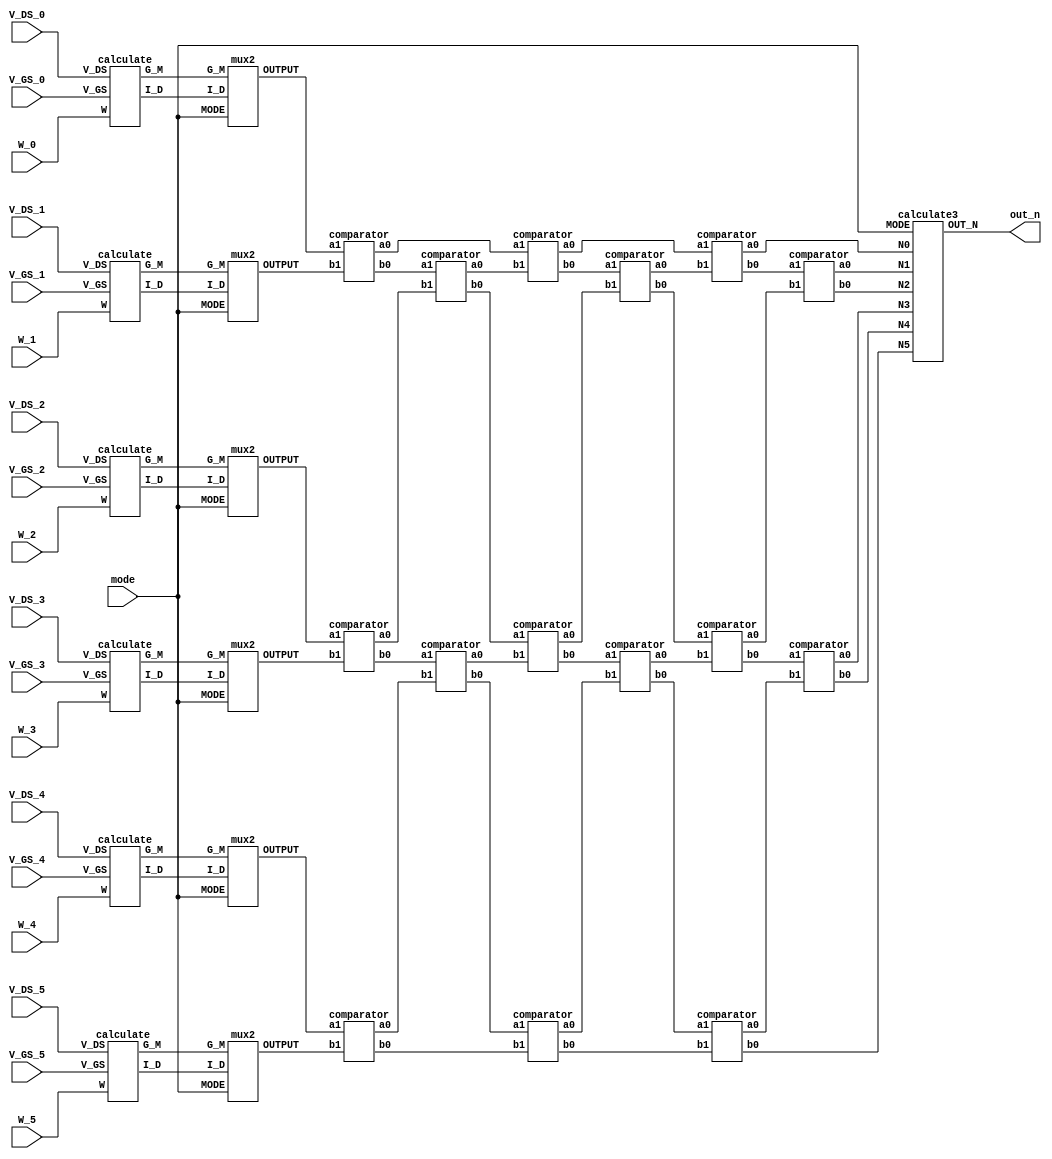
module SMC(
  // Input signals
  mode,
  W_0, V_GS_0, V_DS_0,
  W_1, V_GS_1, V_DS_1,
  W_2, V_GS_2, V_DS_2,
  W_3, V_GS_3, V_DS_3,
  W_4, V_GS_4, V_DS_4,
  W_5, V_GS_5, V_DS_5,

  // Output signals
  out_n 
);

    input [2:0] W_0, V_GS_0, V_DS_0;
    input [2:0] W_1, V_GS_1, V_DS_1;
    input [2:0] W_2, V_GS_2, V_DS_2;
    input [2:0] W_3, V_GS_3, V_DS_3;
    input [2:0] W_4, V_GS_4, V_DS_4;
    input [2:0] W_5, V_GS_5, V_DS_5;
    input [1:0] mode;

    output [9:0] out_n;

    wire [5:0] OUTPUT0, OUTPUT1, OUTPUT2, OUTPUT3, OUTPUT4, OUTPUT5; 
    wire [5:0] A0, A1, A2, A3, A4, A5; 

    //calculate ID/GM
    wire [5:0] q1, q2, q3, q4, q5, q6, q7, q8, q9, q10, q11, q12;
    
    //For sort
    wire [5:0] a1,a2,a3, b1,b2,b3,b4,b5,b6, c1,c2,c3,c4,c5,c6, d1,d2,d3,d4,d5,d6, e1,e2,e3,e4,e5,e6,f1,f2,f3;

    //module 1 + 2 
    calculate instance1(.W(W_0), .V_GS(V_GS_0), .V_DS(V_DS_0), .I_D(q1), .G_M(q2));
    mux2 instance2(.I_D(q1), .G_M(q2), .MODE(mode), .OUTPUT(A0));

    calculate instance3(.W(W_1), .V_GS(V_GS_1), .V_DS(V_DS_1), .I_D(q3), .G_M(q4));
    mux2 instance4(.I_D(q3), .G_M(q4), .MODE(mode), .OUTPUT(A1));

    calculate instance5(.W(W_2), .V_GS(V_GS_2), .V_DS(V_DS_2), .I_D(q5), .G_M(q6));
    mux2 instance6(.I_D(q5), .G_M(q6), .MODE(mode), .OUTPUT(A2));

    calculate instance7(.W(W_3), .V_GS(V_GS_3), .V_DS(V_DS_3), .I_D(q7), .G_M(q8));
    mux2 instance8(.I_D(q7), .G_M(q8), .MODE(mode), .OUTPUT(A3));

    calculate instance9(.W(W_4), .V_GS(V_GS_4), .V_DS(V_DS_4), .I_D(q9), .G_M(q10));
    mux2 instance10(.I_D(q9), .G_M(q10), .MODE(mode), .OUTPUT(A4));

    calculate instance11(.W(W_5), .V_GS(V_GS_5), .V_DS(V_DS_5), .I_D(q11), .G_M(q12));
    mux2 instance12(.I_D(q11), .G_M(q12), .MODE(mode), .OUTPUT(A5));

    //module 3(sort)
    comparator c1l1( A0,  A1, a1, b1);
    comparator c2l1( A2,  A3, c1, d1);
    comparator c3l1( A4,  A5, e1, f1); 
    
    comparator c1l2(b1, c1, b2, c2);
    comparator c2l2(d1, e1, d2, e2);
    
    comparator c1l3(a1, b2, a2, b3);
    comparator c2l3(c2, d2, c3, d3);
    comparator c3l3(e2, f1, e3, f2);

    comparator c1l4(b3, c3, b4, c4);
    comparator c2l4(d3, e3, d4, e4);

    comparator c1l5(a2, b4, a3, b5);
    comparator c2l5(c4, d4, c5, d5);
    comparator c3l5(e4, f2, e5, f3);

    comparator c1l6(b5, c5, b6, c6);
    comparator c2l6(d5, e5, d6, e6);

    //assign OUTPUT0 = a3;
    //assign OUTPUT1 = b6;
    //assign OUTPUT2 = c6;
    //assign OUTPUT3 = d6;
    //assign OUTPUT4 = e6;
    //assign OUTPUT5 = f3;

    //calculate2 instance13(.MODE(mode), .N0(OUTPUT0), .N1(OUTPUT1), .N2(OUTPUT2), .N3(OUTPUT3), .N4(OUTPUT4), .N5(OUTPUT5), .OUT_N(out_n)); 
    calculate3 instance14(.MODE(mode), .N0(a3), .N1(b6), .N2(c6), .N3(d6), .N4(e6), .N5(f3), .OUT_N(out_n));

endmodule


module calculate(
  // Input signals
  W, V_GS, V_DS,
  // Output signals
  I_D, G_M
);

//================================================================
//   INPUT AND OUTPUT DECLARATION
//================================================================
input [2:0] W, V_GS, V_DS;

output reg [5:0] I_D, G_M;

parameter VTH = 1;
  
always @ (*) begin
  if((V_GS - VTH) > V_DS) begin
    I_D = W * ( 2 * (V_GS - VTH) * V_DS - (V_DS * V_DS)) / 3; 
    G_M = 2 * W * V_DS / 3;  
  end
    
  else begin //(V_GS - VTH) <= V_DS
    I_D = W * ((V_GS - VTH) * (V_GS - VTH)) / 3; 
    G_M = 2 * W * (V_GS - VTH) / 3;
  end

end

endmodule

module mux2(
  // Input signals
  I_D, G_M, MODE,
  // Output signals
  OUTPUT
);

input [5:0] I_D, G_M;  
input [1:0] MODE;
output reg [5:0] OUTPUT;

always @(*) begin
  if(MODE[0]) begin
    OUTPUT = I_D; 
  end

  else begin
    OUTPUT = G_M; 
  end

end

endmodule

module comparator(
    input [5:0] a1,
    input [5:0] b1,
    output reg [5:0] a0,
    output reg [5:0] b0
);

    always @(a1, b1) begin
        if (a1 > b1) begin
            a0 = a1;
            b0 = b1;
        end
        else begin
            a0 = b1;
            b0 = a1;
        end
    end
endmodule

module calculate2(
  // Input signals
  MODE,
  N0, N1, N2, N3, N4, N5,
  // Output signals
  OUT_N
);

input [1:0] MODE;
input [5:0] N0, N1, N2, N3, N4, N5;
output reg [9:0] OUT_N;


always @(*) begin
    if(MODE == 2'b11) begin
        OUT_N = 3 * N0 + 4 * N1 + 5 * N2; //Larger         
    end

    if (MODE == 2'b01) begin
        OUT_N = 3 * N3 + 4 * N4 + 5 * N5; //Smaller 
    end
    
end

endmodule

module calculate3(
  // Input signals
  MODE,
  N0, N1, N2, N3, N4, N5,
  // Output signals
  OUT_N
);

input [1:0] MODE;
input [5:0] N0, N1, N2, N3, N4, N5;
output reg [9:0] OUT_N;

//Transconductance
//assign MODE[0] = 0;

always @(*) begin
    if(MODE == 2'b00) begin
        OUT_N = N3 + N4+ N5; //Larger         
    end

    if(MODE == 2'b01) begin
        OUT_N = 3 * N3 + 4 * N4 + 5 * N5; //Smaller 
    end
    
    if(MODE == 2'b10) begin
        OUT_N = N0 + N1 + N2; //Smaller 
    end

    if(MODE == 2'b11) begin
        OUT_N = 3 * N0 + 4 * N1 + 5 * N2; //Smaller 
    end 
end

endmodule